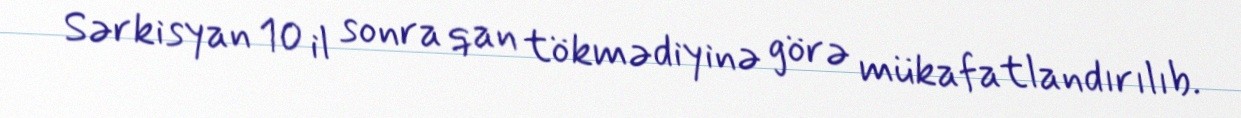
Sərkisyan 10 il sonra qan tökmədiyinə görə mükafatlandırılıb.